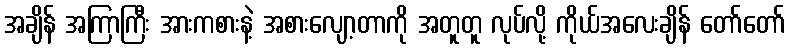
အချိန် အကြာကြီး အားကစားနဲ့ အစားလျော့တာကို အတူတူ လုပ်လို့ ကိုယ်အလေးချိန် တော်တော်